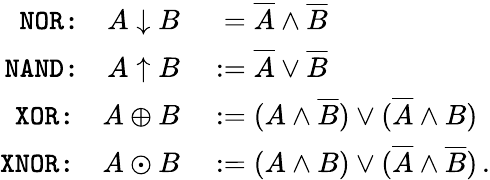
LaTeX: \begin{array}{rl}{\texttt{NOR:}\quad A\downarrow B}&{{}\phantom{:}=\overline{A}\wedge\overline{B}}\\ {\texttt{NAND:}\quad A\uparrow B}&{{}:=\overline{A}\vee\overline{B}}\\ {\texttt{XOR:}\quad A\oplus B}&{{}:=(A\wedge\overline{B})\vee(\overline{A}\wedge B)}\\ {\texttt{XNOR:}\quad A\odot B}&{{}:=(A\wedge B)\vee(\overline{A}\wedge\overline{B})\, .}\end{array}